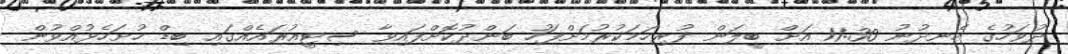
ދުވަހުގެ ހެނދުނު 11:30 އަށް ބީލަން ފުރިހަމަކުރުމަށްފަހު ބަންދުކޮށްފައިވާ ސިޓީއުރައެއްގައި ބިޑް ހުށަހެޅުއްވުން